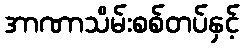
အာဏာသိမ်းစစ်တပ်နှင့်